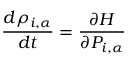
\frac { d \rho _ { i , \alpha } } { d t } = \frac { \partial H } { \partial P _ { i , \alpha } }